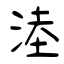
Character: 淕